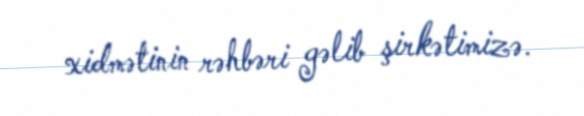
xidmətinin rəhbəri gəlib şirkətimizə.